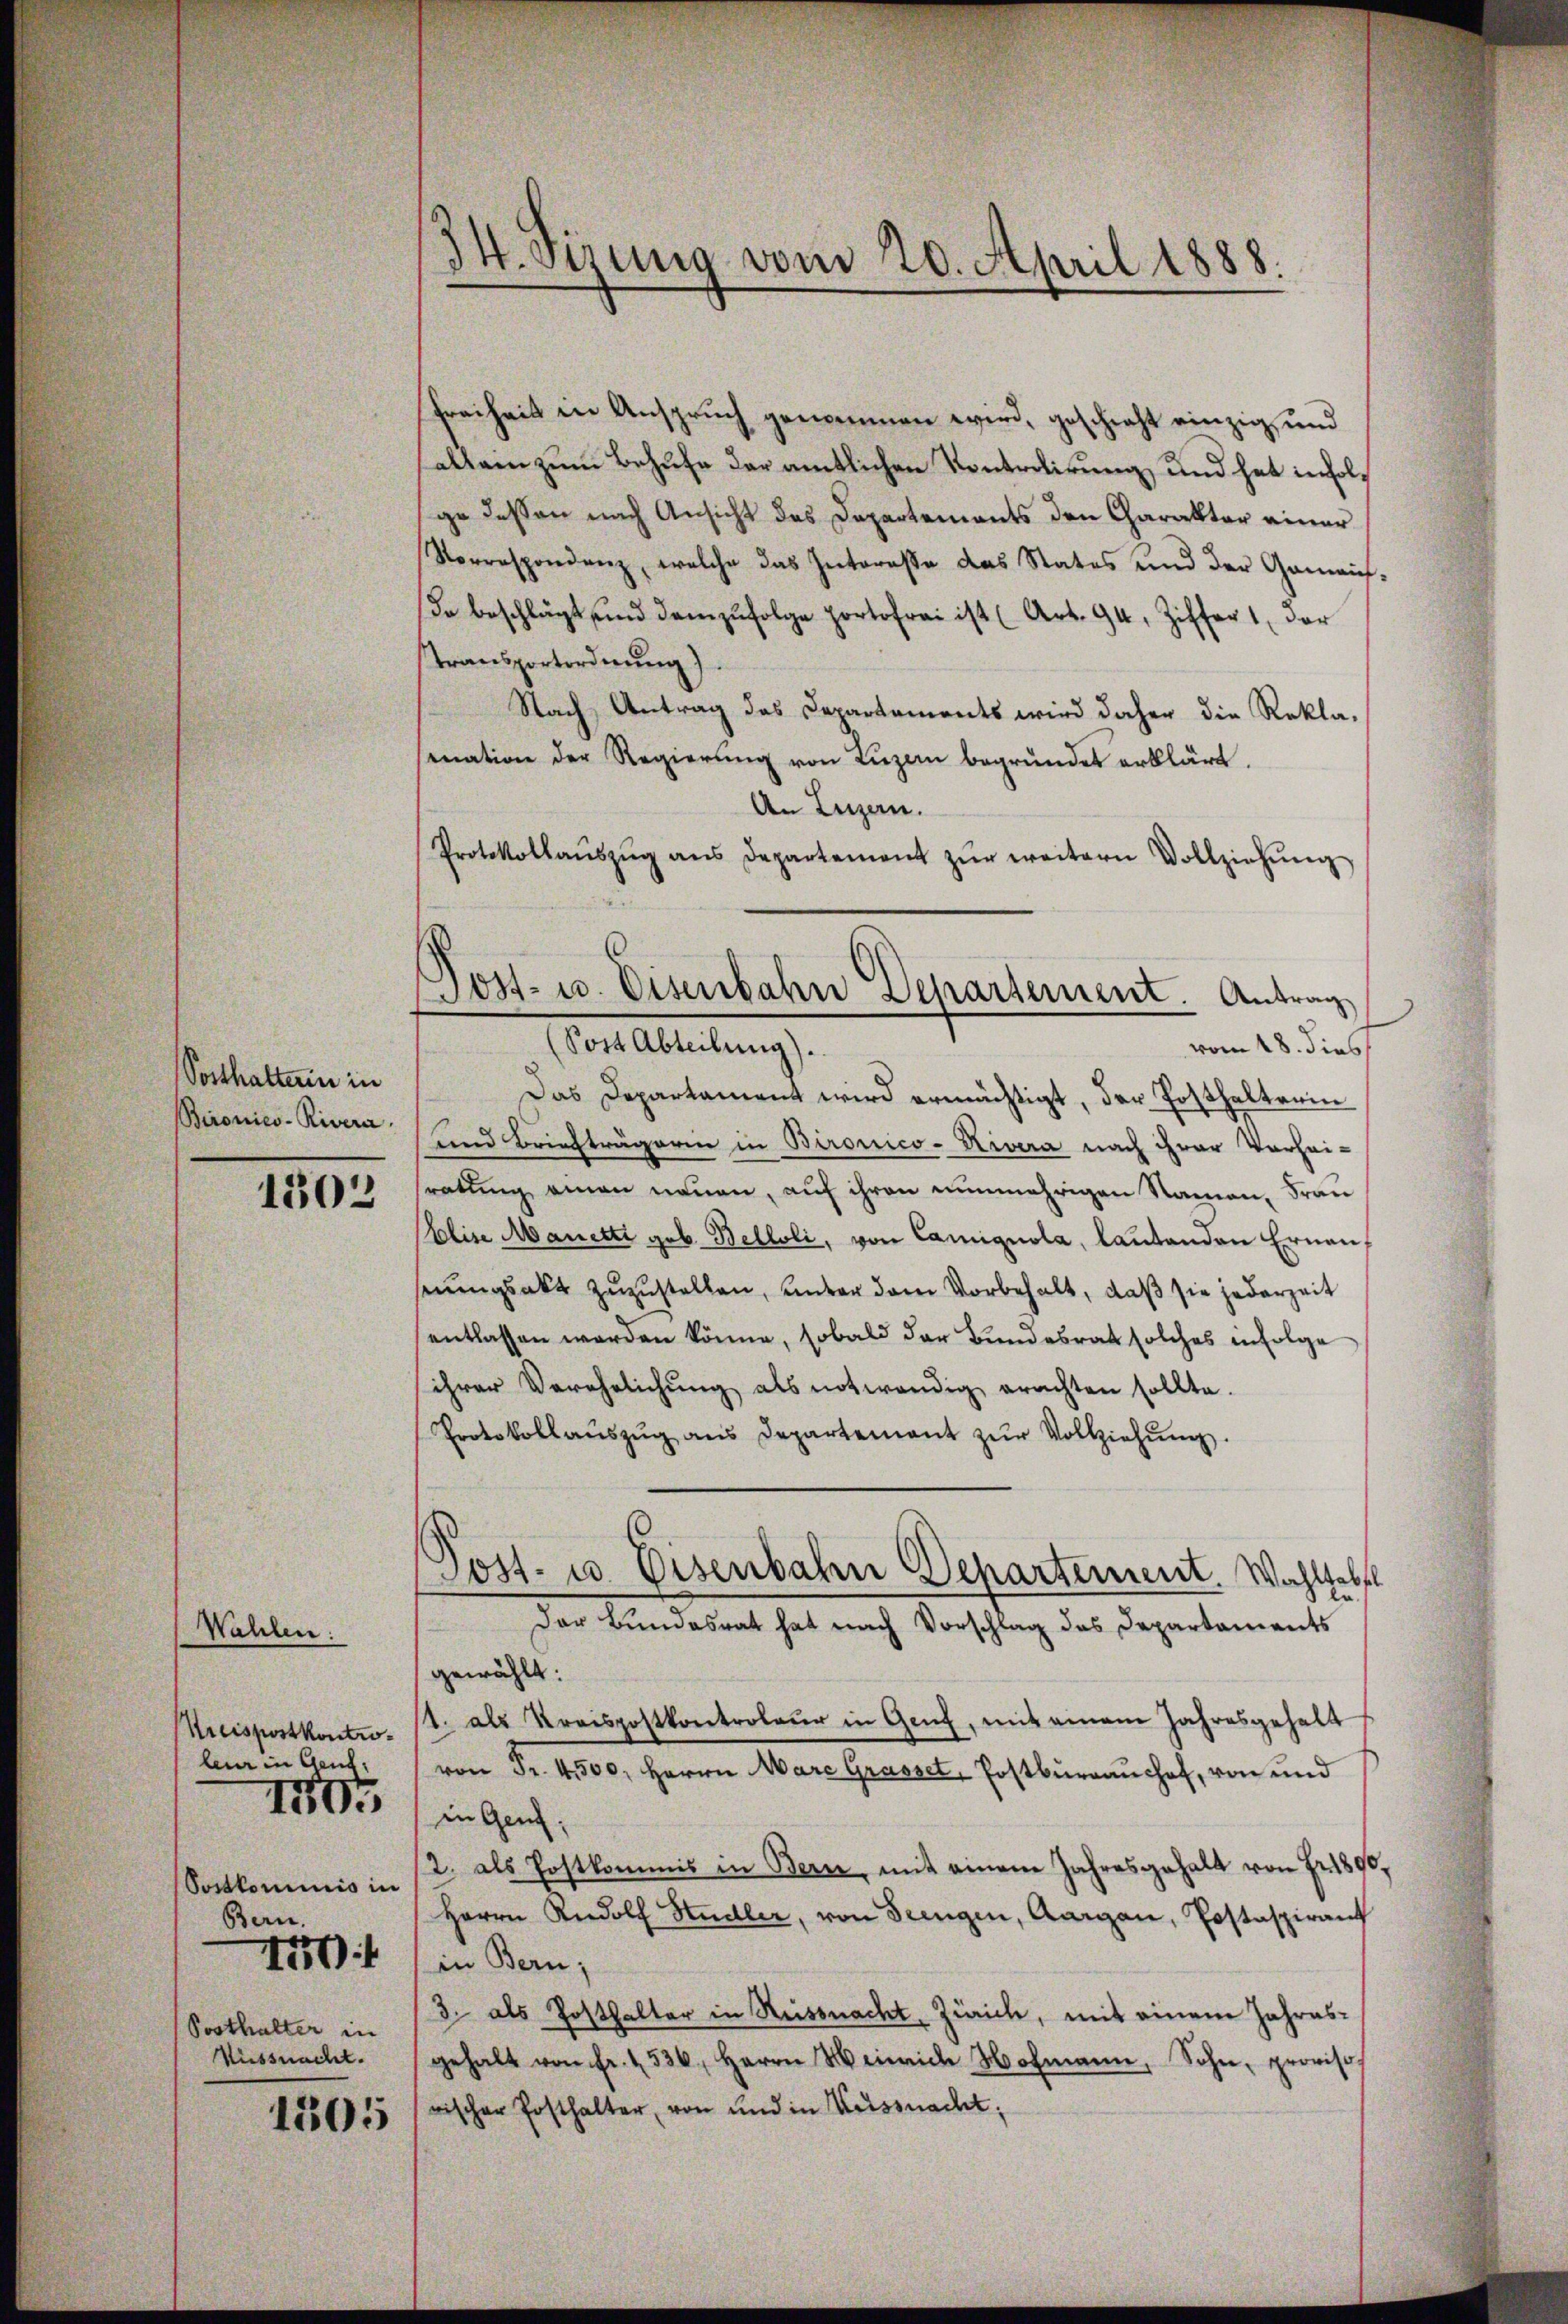
Sosthalterin in
Bironies-Rivera

1302

Walchen.
Kreispostkontro-
leur in Geng
Postkommis in
Bern.
1704
Posthalter in
Küssnacht.

1705

1305

34. Sizung vom 20. April 1888.

6
Post- u. Eisenbahn Departement. Antrag

Freiheit in Anspruch genommen wird, geschieht einzig und
allein zum Behufe der amtlichen Kontrolirung und hat infolge dessen nach Ansicht des Departements den Charakter einer
Vorrespondenz, welche das Intereße das States und der Gemeis
Da beschlägt und demzufolge portofrei ist (Art. 94, Ziffer 1, der
transportordnung).
Nach Antrag des Departaments wird daher die Rekla-
mnation der Regierŭng von Lŭzern begründet erklärt.
An Luzern.
Protokollaŭszŭg ans Departement zŭr weitern Vollziehŭng
Post Abteilung).
vom 18. dies
Das Departament wird ermächtigt, der Posthalterin
und Briefträgerin in Bironico-Kivera nach ihrer Vorhei-
ratung einen neuen, auf ihren nunmehrigen Namen, Frau
Elise Manetti geb. Belloli, von Carignola, lautenden Ernen,
serungsakt zuzustellen, unter dem Vorbehalt, daß sie jederzeit
entlassen werden könne, sobald der Bundesrat solches infolge
ihrer Verehelichŭng als notwendig erachten sollte.
Protokollaŭszŭg ans Departement zŭr Vollziehŭng.
Post- u. Eisenbahn Departement. Wahlte
.
Der Bundesrat hat nach Vorschlag des Departaments
gewählt:
2. als Kreispostkontroleur in Genz, mit einem Jahresgehalt
von Fr. 4500. Herrn Mare Grasset, Postburanchof, von und
in Genf;
12. als Postkommis in Bern, mit einem Jahresgehalt von Fr. 189
Herrn Rudolf Hudler, von Seengen, Aargau, Postaspirant
in Bern;
3. als Posthalter in Reissnacht Zürich, mit einem Jahresgehalt von fr. 1536, Herrn Weinrich Hofmann, Sohn, proviso
rischer Posthalter, von und in Weissnacht¬